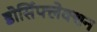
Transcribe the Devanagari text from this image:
डोर्सिफ्लेक्शन